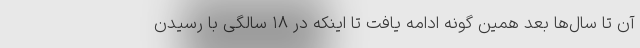
آن تا سال‌ها بعد همین گونه ادامه یافت تا اینکه در ۱۸ سالگی با رسیدن